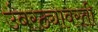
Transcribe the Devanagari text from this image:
उंबरठ्यावरती